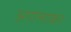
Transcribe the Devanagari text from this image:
अगोलाकर